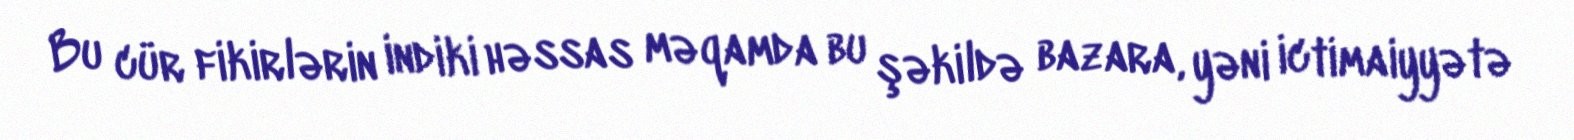
Bu cür fikirlərin indiki həssas məqamda bu şəkildə bazara, yəni ictimaiyyətə